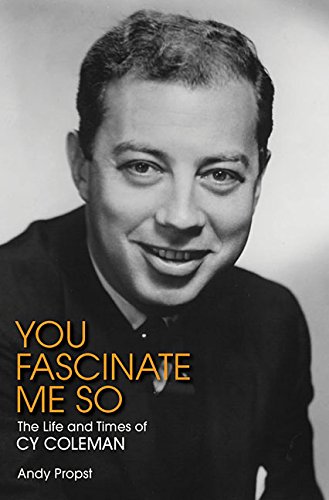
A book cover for You Fascinate Me So: The Life and Times of Cy Coleman; Andy Propst; Biographies & Memoirs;